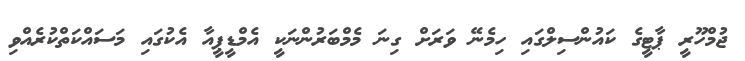
ޖުމްހޫރީ ޕާޓީގެ ކައުންސިލްގައި ހިމެނޭ ވަރަށް ގިނަ މެމްބަރުންނަކީ އެމްޑީޕީއާ އެކުގައި މަސައްކަތްކުރެއްވި